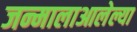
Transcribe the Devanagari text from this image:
जन्मालाआलेल्या